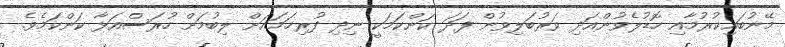
މޭނުބައިކުރުމާއި ހޮޑުލެވުންއަދި ވަރުބަލިވުން ފަދަ ކަންކަމަކީ ނިދި ފުރިހަމައަށް ލިބުމަށް ހުރަސްއަޅާ ކަންކަމެވެ.